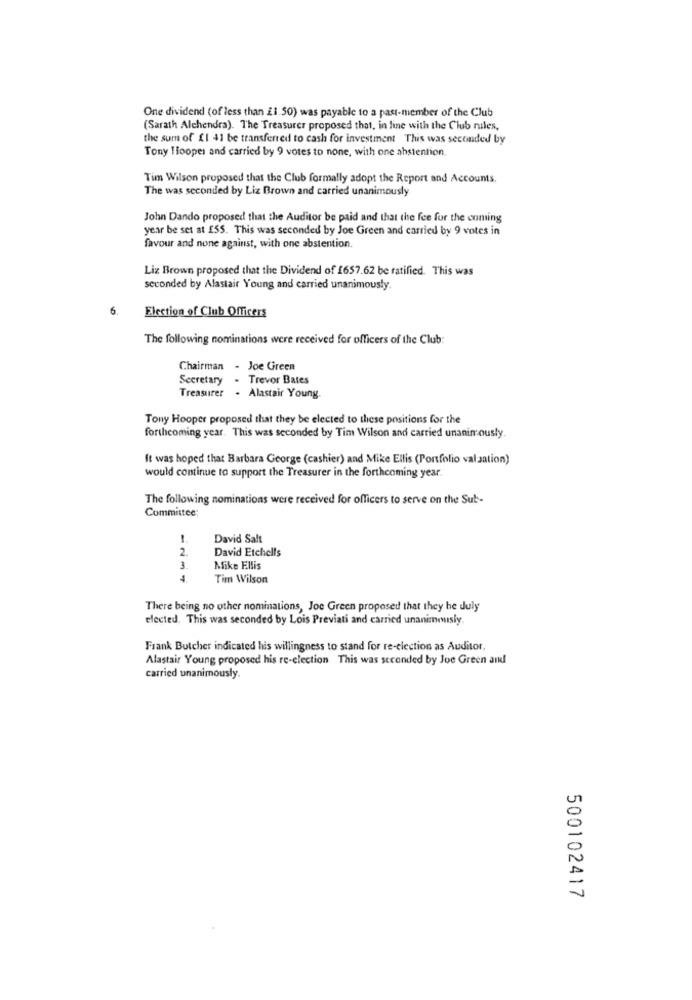
One dividend (of less than £1.50) was payable to a past-member of the Club
(Sarath Alchendra). The Treasurer proposed that, in line with the Club miles,
the sum of £1 41 be transferred to cash for investment This was seconded by
Tony Hooper and carried by 9 votes to none, with one abstention
Tim Wilson proposed that the Club formally adopt the Report and Accounts.
The was seconded by Liz Brown and carried unanimously
John Dando proposed that the Auditor be paid and that the fee for the coming
year be set at £55. This was seconded by Joe Green and carried by 9 votes in
favour and none against, with one abstention.
Liz Brown proposed that the Dividend of 1657.62 be ratified. This was
seconded by Alastair Young and carried unanimously
6.
Election of Club Officers
The following nominations were received for officers of the Club:
Chairman - Joe Green
Secretary
Trevor Bates
Treasurer
. Alastair Young.
Tony Hooper proposed that they be elected to these positions for the
forthcoming year. This was seconded by Tim Wilson and carried unanimously
It was hoped that Barbara George (cashier) and Mike Ellis (Portfolio valaation)
would continue to support the Treasurer in the forthcoming year.
The following nominations were received for officers to serve on the Sub-
Committee:
-
David Salt
2.
David Etchells
3
Mike Ellis
Tim Wilson
There being no other nominations, Joe Green proposed that they be duly
elected. This was seconded by Lois Previati and carried unanimously.
Frank Butcher indicated his willingness to stand for re-election as Auditor,
Alastair Young proposed his re-election This was seconded by Joe Green and
carried unanimously.
500102417